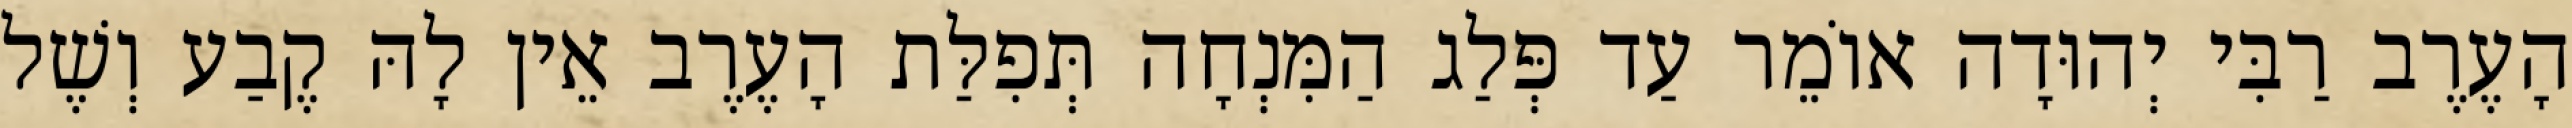
הָעֶרֶב רַבִּי יְהוּדָה אוֹמֵר עַד פְּלַג הַמִּנְחָה תְּפִלַּת הָעֶרֶב אֵין לָהּ קֶבַע וְשֶׁל